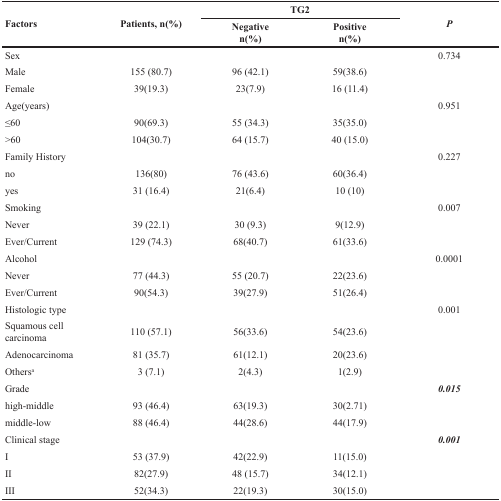
| <ROWSPAN=2> Factors | <ROWSPAN=2> Patients, n(%) | <COLSPAN=2> TG2 | <ROWSPAN=2> P |
 | Negativen(%) | Positiven(%) |
 | --- | --- | --- | --- | --- |
 | Sex |  |  |  | 0.734 |
 | Male | 155 (80.7) | 96 (42.1) | 59(38.6) |  |
 | Female | 39(19.3) | 23(7.9) | 16 (11.4) |  |
 | Age(years) |  |  |  | 0.951 |
 | ≤60 | 90(69.3) | 55 (34.3) | 35(35.0) |  |
 | >60 | 104(30.7) | 64 (15.7) | 40 (15.0) |  |
 | Family History |  |  |  | 0.227 |
 | no | 136(80) | 76 (43.6) | 60(36.4) |  |
 | yes | 31 (16.4) | 21(6.4) | 10 (10) |  |
 | Smoking |  |  |  | 0.007 |
 | Never | 39 (22.1) | 30 (9.3) | 9(12.9) |  |
 | Ever/Current | 129 (74.3) | 68(40.7) | 61(33.6) |  |
 | Alcohol |  |  |  | 0.0001 |
 | Never | 77 (44.3) | 55 (20.7) | 22(23.6) |  |
 | Ever/Current | 90(54.3) | 39(27.9) | 51(26.4) |  |
 | Histologic type |  |  |  | 0.001 |
 | Squamous cell carcinoma | 110 (57.1) | 56(33.6) | 54(23.6) |  |
 | Adenocarcinoma | 81 (35.7) | 61(12.1) | 20(23.6) |  |
 | Othersa | 3 (7.1) | 2(4.3) | 1(2.9) |  |
 | Grade |  |  |  | 0.015 |
 | high-middle | 93 (46.4) | 63(19.3) | 30(2.71) |  |
 | middle-low | 88 (46.4) | 44(28.6) | 44(17.9) |  |
 | Clinical stage |  |  |  | 0.001 |
 | I | 53 (37.9) | 42(22.9) | 11(15.0) |  |
 | II | 82(27.9) | 48 (15.7) | 34(12.1) |  |
 | III | 52(34.3) | 22(19.3) | 30(15.0) |  |